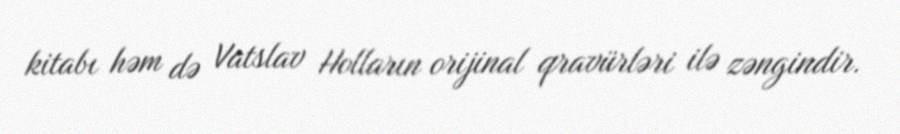
kitabı həm də Vatslav Holların orijinal qravürləri ilə zəngindir.